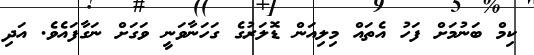
ކިމް ބަނުމަށް ފަހު އެތައް މިލިއަން ޑޮލަރުގެ ގަހަނާވަނީ ވަގަށް ނަގާފައެވެ. އަދި